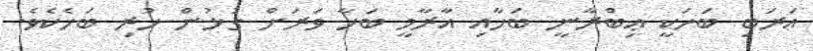
ޢަރަބި ބަހަކީ ޢިބްރާނީ ބަހާއި އާރާމީ ބަހާ ވަރަށް ގުޅުން ހުރި ބަހެކެވެ.